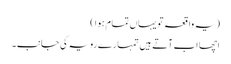
(یہ واقعہ تو یہاں تمام ہوا )
اچھا اب آتے ہیں تمہارے رویہ کی جانب۔